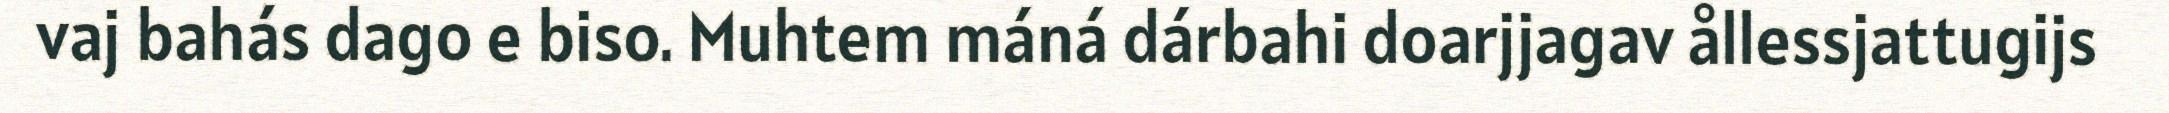
vaj bahás dago e biso. Muhtem máná dárbahi doarjjagav ållessjattugijs